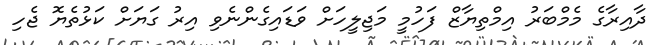
ދާއިރާގެ މެމްބަރު އިމްތިޔާޒް ފަހުމީ މަޖިލީހަށް ވަޑައިގެންނެވި އިރު ގަޔަށް ކަޅުތެޔޮ ޖެހި